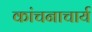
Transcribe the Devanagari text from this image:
कांचनाचार्य